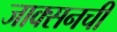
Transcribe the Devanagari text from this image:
जाक्सनची